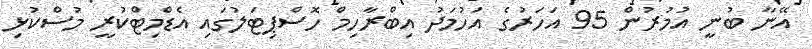
އޭނާ ބުނީ އުމުރުން 95 އަހަރުގެ އަހުމަދު އިބްރާހިމް ހޮސްޕިޓަލުގައި އެޑްމިޓްކުރީ މުސްކުޅި